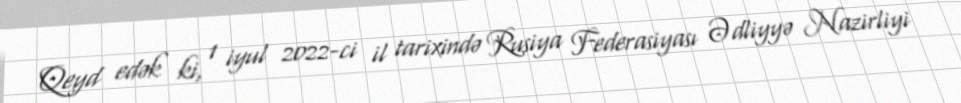
Qeyd edək ki, 1 iyul 2022-ci il tarixində Rusiya Federasiyası Ədliyyə Nazirliyi